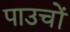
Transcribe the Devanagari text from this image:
पाउचों